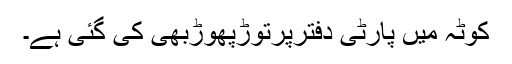
کوٹہ میں پارٹی دفترپرتوڑپھوڑبھی کی گئی ہے۔